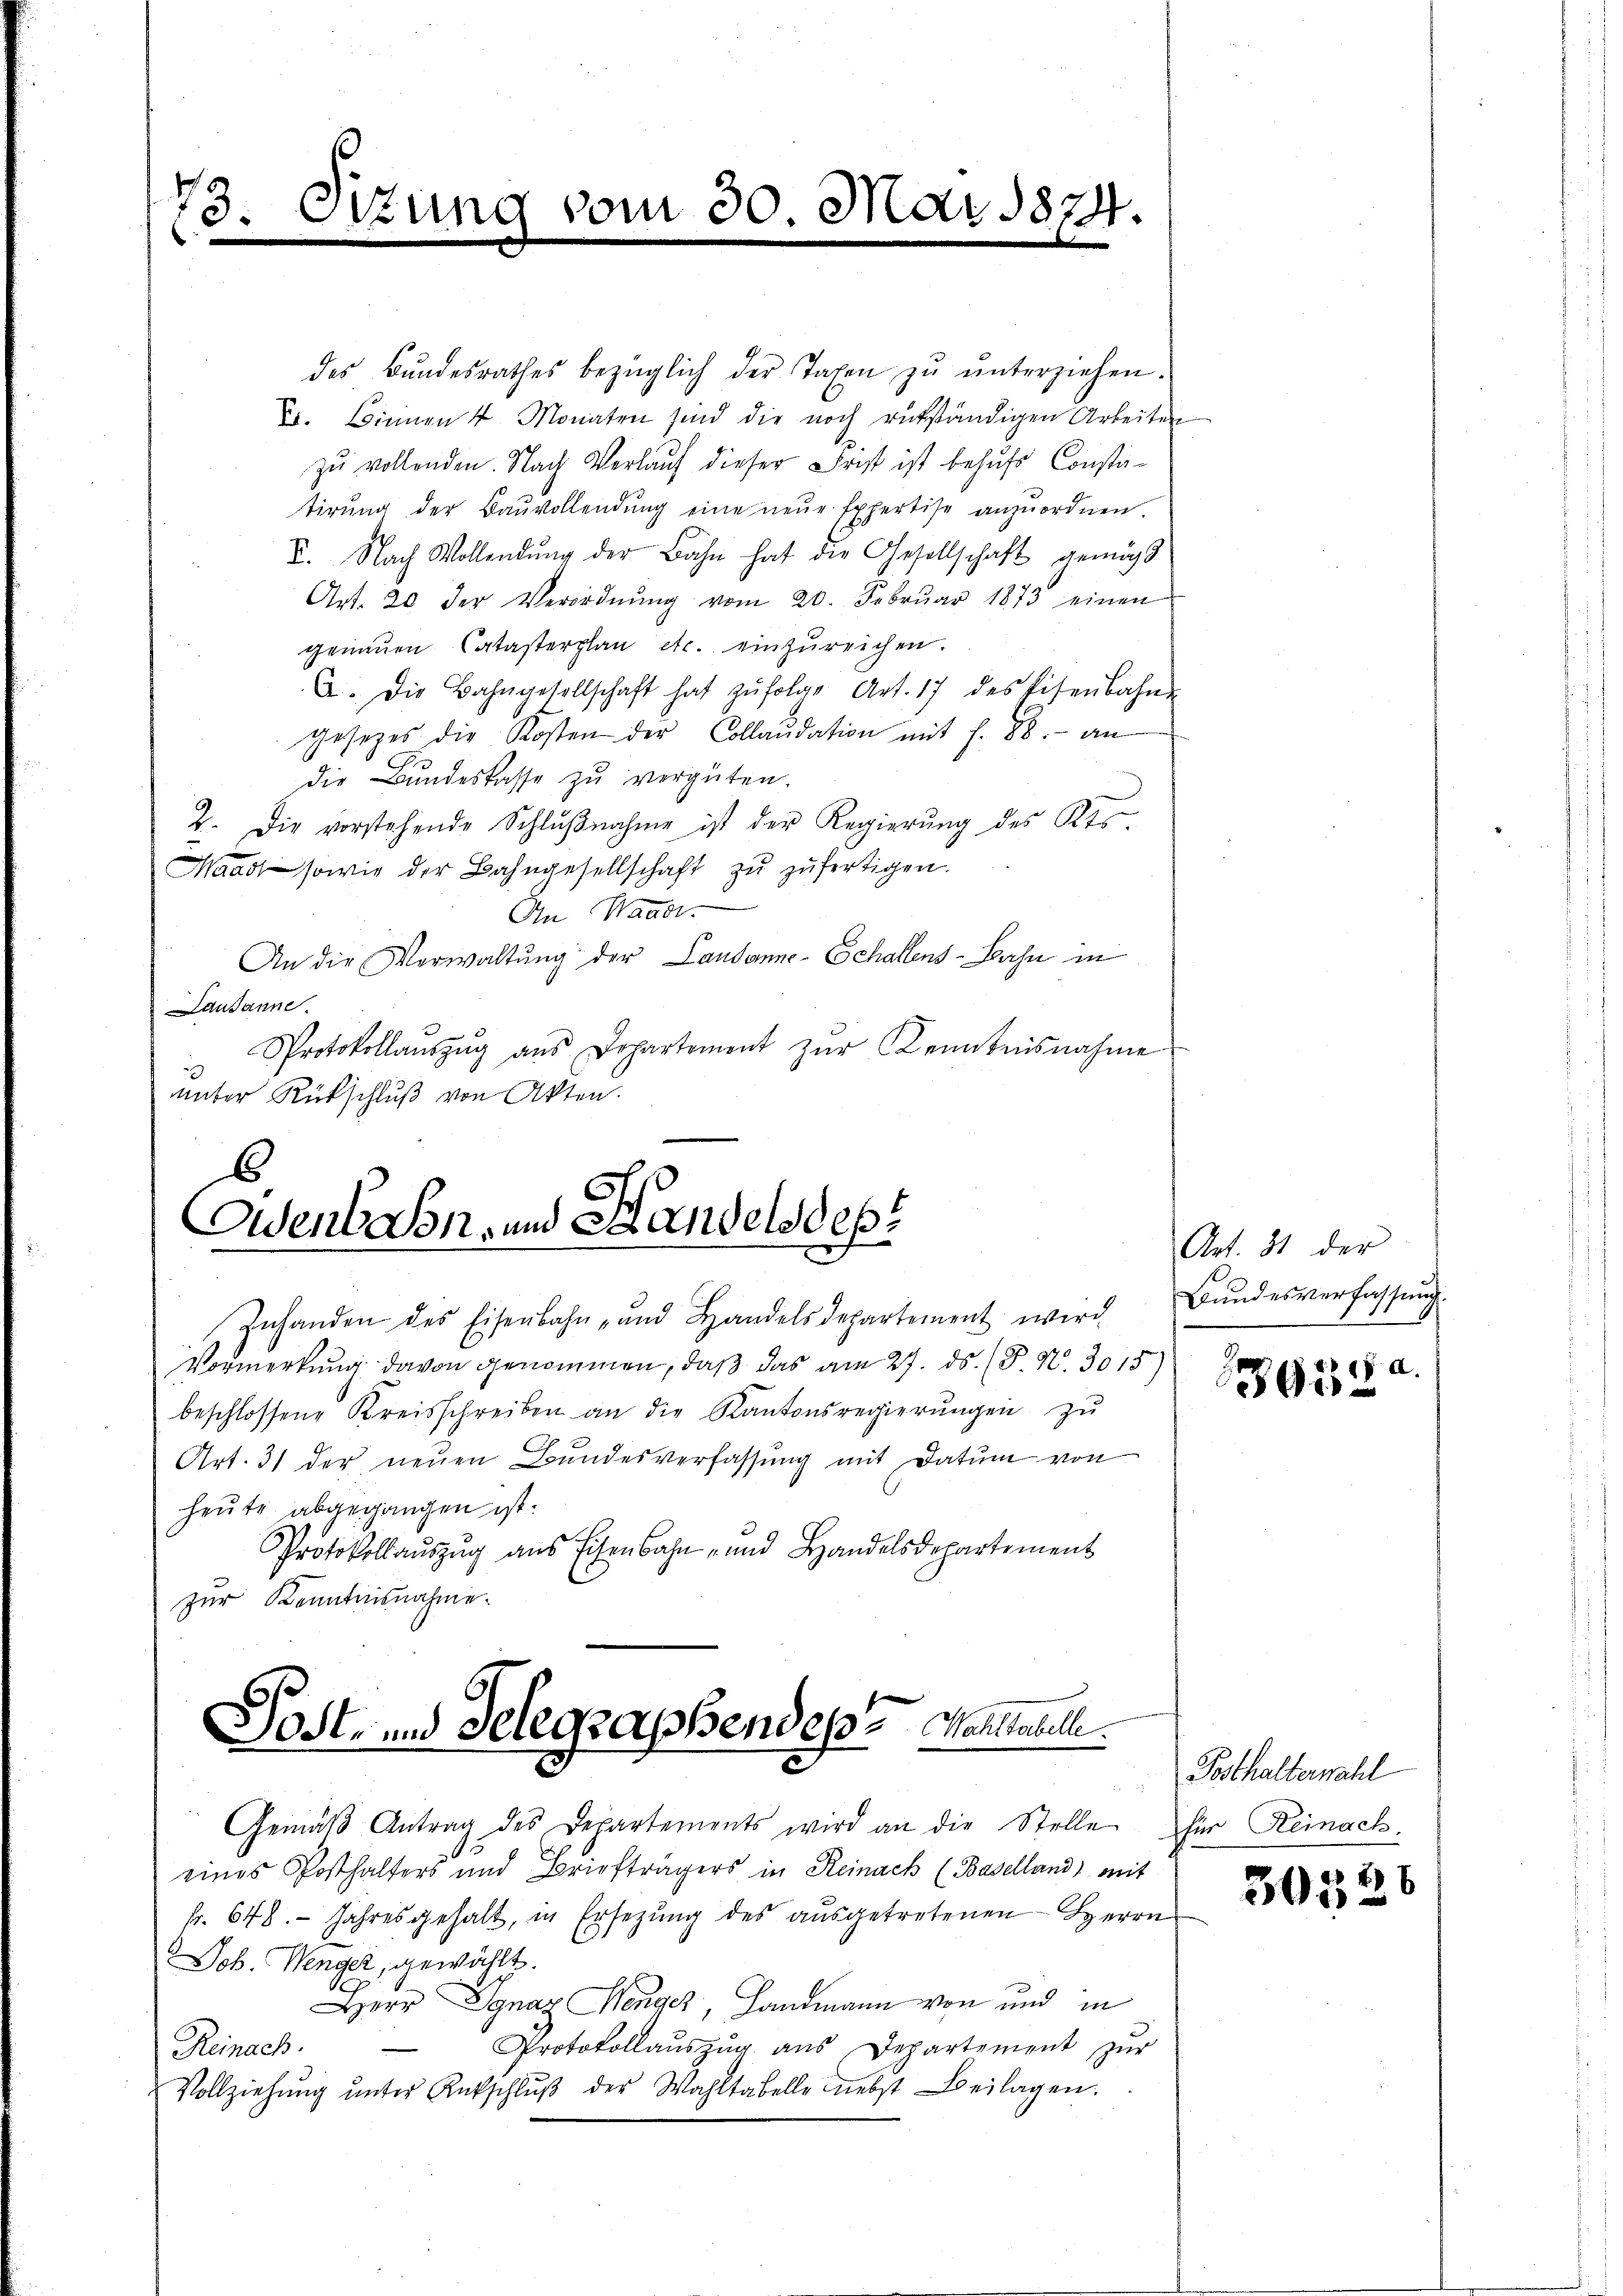
23.

Sizung

6
wenb Son- und Handels des

om 30. Mai 1874.

des Bŭndesrathes bezüglich der Taxen zŭ ŭnterziehen.
B. Bienen 4 Monaten sind die noch rükständigen Arbeiten
zu vollenden. Nach Verlauf dieser Frist ist behŭfs Constatirŭng der Baŭvollendŭng eine neŭe Expertise anzŭordnen.
I. Nach Wollendŭng der Bahn hat die Gesellschaft genüg
Art. 20 der Verordnŭng vom 20. Febrŭar 1873 einen
genauen Catasterplan etc. einzureichen.
A. Die Bahngesellschaft hat zŭfolge Art. 17 des Eisenbahn-
gesetzes die Kosten der Collaudation mit f. 88. an
die Bundeskasse zu vergüten.
2. Die vorstehende Schlŭβnahme ist der Regierŭng des Kts.
Waadt sowie der Bahngesellschaft zŭ zŭfertigen.
An Mauer.
An die Verwaltŭng der Landamne-Schallens-Bahn in
Lausanne.
Protokollaŭszŭg aŭs Dopartement zŭr Kenntnisnahme
unter Rückschluß von Akten.

Zuhanden des Eisenbahn- und Handelsdepartement wird
Vormerkung davon genommen, daß das am 27. ds. (T. N. 3015)
beschlossene Kreisschreiben an die Kantonsregierŭngen zŭ
Art. 31 der neuen Bundesverfassung mit Datum von
heute abgegangen ist.
Protokollauszug aus Eisenbahn- und Handelsdepartement
zur Kenntnisnahme.

Post- und Delegraphendes Waltabell

fr. 648. Jahres gehalt, in Ersetzŭng des aŭsgetretenen Herrn
Joh. Wenger, gewählt.
Herr Ignaz Menger, Landmann von und in
Protokollauszug aus Departement zur
Reinach.
Vollziehŭng ŭnter Rükschlŭβ der Wahltabelle nebst Beilagen.

Gemäβ Antrag des Departements wird an die Stelle für Reinach-
eines Posthalters und Briefträgers in Reinach (Baselland) mit

Art. 31 der
Bundesverfassung.

a
935

Posthalterwahl

30326